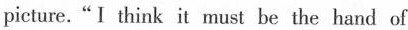
picture."I think it must be the hand of